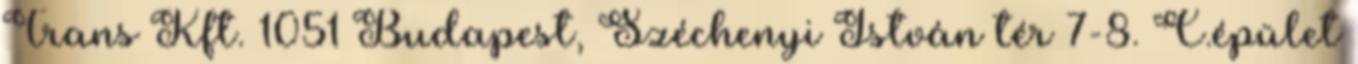
Trans Kft. 1051 Budapest, Széchenyi István tér 7-8. C.épület